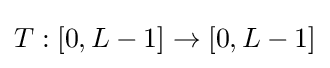
T:[0,L-1]\rightarrow [0,L-1]